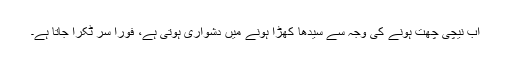
اب نیچی چھت ہونے کی وجہ سے سیدھا کھڑا ہونے میں دشواری ہوتی ہے، فوراً سر ٹکرا جاتا ہے۔